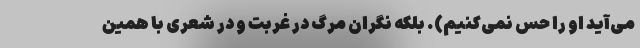
می‌آید او را حس نمی‌کنیم). بلکه نگران مرگ در غربت و در شعری با همین